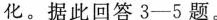
化。据此回答3-5题